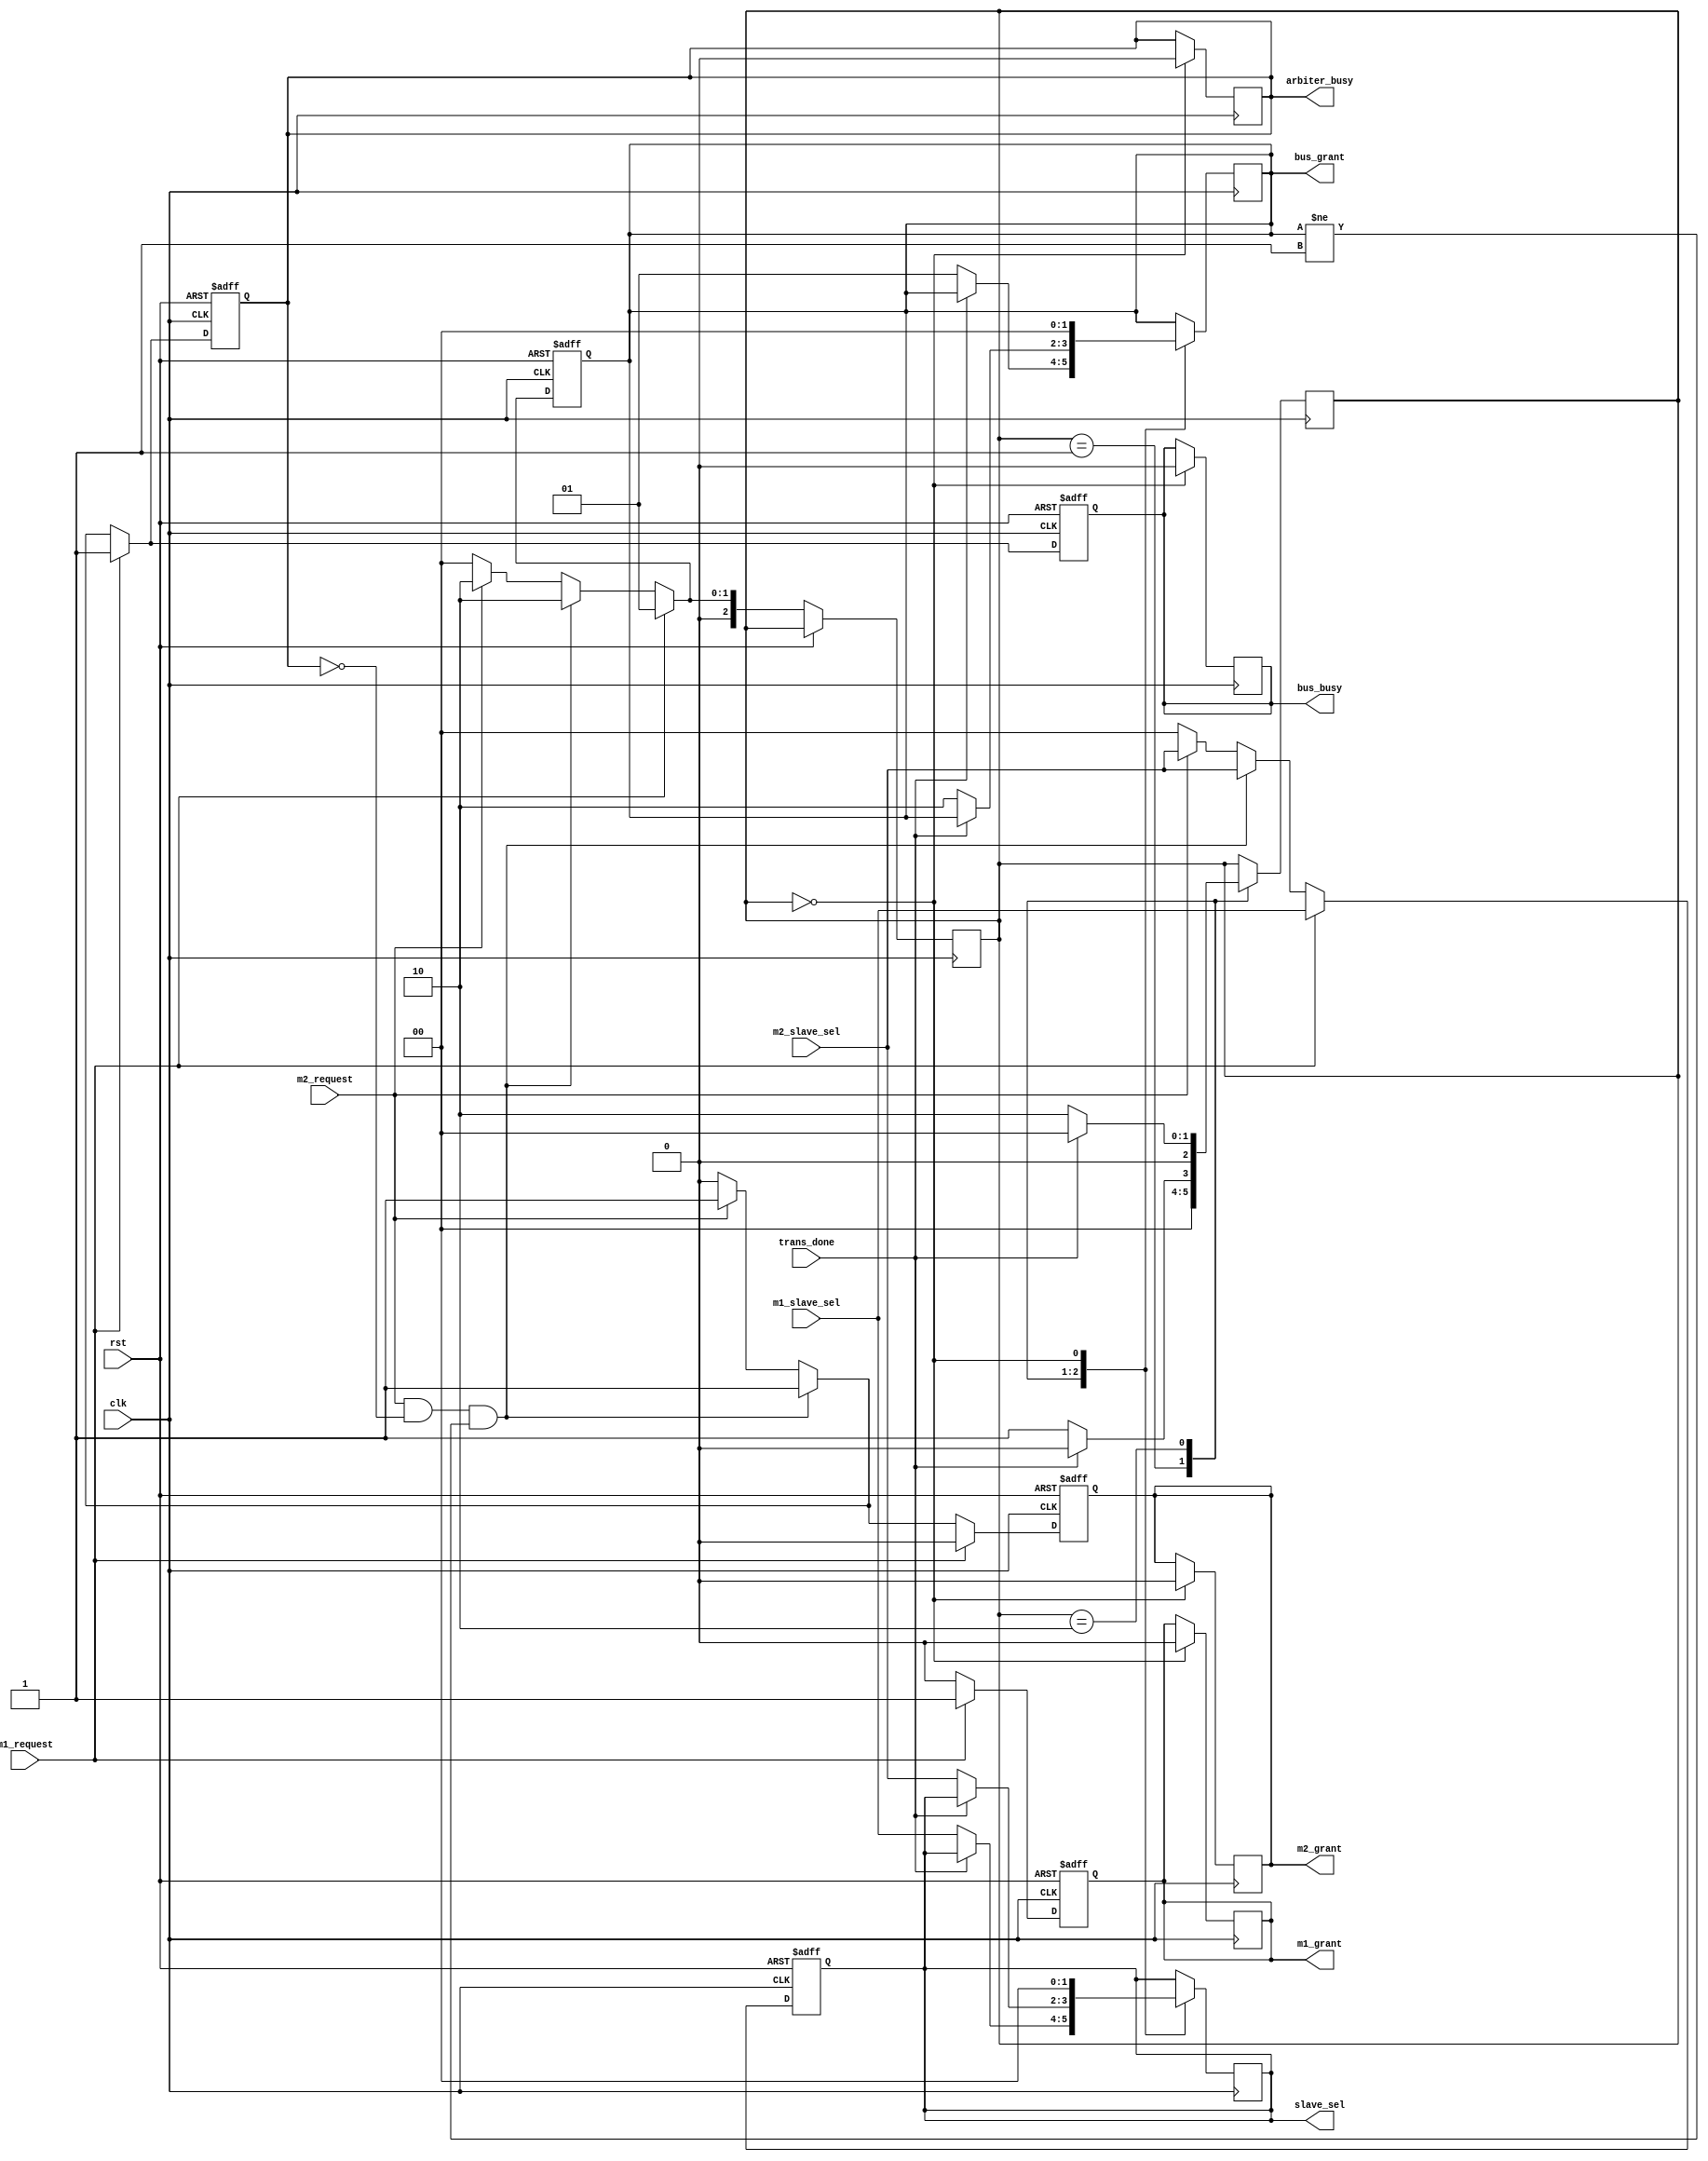
`timescale 1ns / 1ps
//////////////////////////////////////////////////////////////////////////////////

// Designer Name: Isuru Munasinghe
// Module Name: Arbiter
// Project Name: System Bus Design
// Target Devices: 
// Tool Versions: 
// Description: 
// 
// Dependencies: 
// 
// Revision:
// Revision 0.01 - File Created
// Additional Comments:
// 
//////////////////////////////////////////////////////////////////////////////////


module Arbiter(

input clk, 
input rst, //system reset 
input m1_request,
input m2_request,
input [1:0] m1_slave_sel,
input [1:0] m2_slave_sel,
input trans_done,

output reg m1_grant,
output reg m2_grant,
output reg arbiter_busy,
output reg bus_busy,
output reg[1:0] bus_grant, //indicates the master address to which the slave communicates
output reg[1:0] slave_sel //indicates the slave address which was requested by the master

);

parameter[2:0] IDLE_STATE = 3'd0;
parameter[2:0] MASTER1_SLAVE_SELECT_STATE = 3'd1;
parameter[2:0] MASTER2_SLAVE_SELECT_STATE  = 3'd2;

reg [2:0] state = IDLE_STATE;

always@(posedge clk or posedge rst)
begin
    if (rst == 1'b1)
        begin
            m1_grant <= 0;
            m2_grant <= 0;
            arbiter_busy <= 0;
            bus_busy <=0;
            bus_grant <= 2'b00;
            slave_sel <= 2'b00; 
        end
    // if master 1 request it since it is the highest priority master,
    // make the next state as MASTER1_REQUEST_STATE
        
     else if((m1_request == 1) )
         begin
             m1_grant <= 1;
             m2_grant <= 0;
             arbiter_busy <= 1;
             bus_busy <=1;
             slave_sel <= m1_slave_sel;
             bus_grant <= 2'd1;
             state <= MASTER1_SLAVE_SELECT_STATE;
         end
         
    // if master 2 request and master 1 is not acquiring the bus and arbiter is not busy
    // make the next state as MASTER2_REQUEST_STATE      
    else if((m2_request == 1) && (arbiter_busy != 1) && (bus_grant!= 2'b01))
        begin
            m1_grant <= 0;
            m2_grant <= 1;
            arbiter_busy <= 1;
            bus_busy <=1;
            slave_sel <= m2_slave_sel;
            bus_grant <= 2'd2;
            state <= MASTER2_SLAVE_SELECT_STATE;
        end
     else if((m2_request == 1))
     
       begin
           m1_grant <= 0;
           m2_grant <= 1;
           arbiter_busy <= 1;
           bus_busy <=1;
           slave_sel <= m2_slave_sel;
           bus_grant <= 2'd2;
           state <= MASTER2_SLAVE_SELECT_STATE;
       end
     else
        begin
            m1_grant <= 0;
            m2_grant <= 0;
            arbiter_busy <= 0;
            bus_busy <=0;
            slave_sel <= 0;
            bus_grant <= 2'd0;
            state <= IDLE_STATE;  
        end    

end

always @(posedge clk) 
    begin
        case(state)
        MASTER1_SLAVE_SELECT_STATE:
            if(trans_done == 1)
                begin
                    state<=IDLE_STATE;
                end
            else
                begin
                    slave_sel <= m1_slave_sel;
                    bus_grant <= 2'd1;
                    state<=MASTER1_SLAVE_SELECT_STATE;
                end    
             
        MASTER2_SLAVE_SELECT_STATE:
            if(trans_done == 1)
                begin
                    state <= IDLE_STATE;
                end
                else
                begin
                    slave_sel <= m2_slave_sel;
                    bus_grant <= 2'd2;
                    state<=MASTER2_SLAVE_SELECT_STATE;
                end 
                
        IDLE_STATE:
             begin
                m1_grant <= 0;
                m2_grant <= 0;
                arbiter_busy <= 0;
                bus_busy <=0;
                bus_grant <= 2'b00;
                slave_sel <= 2'b00;      
             end
                    
        endcase
        
    end

endmodule